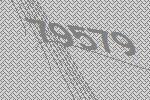
79579